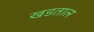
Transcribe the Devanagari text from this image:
खडताल